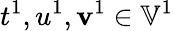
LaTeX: t^{1},u^{1},\mathbf{v}^{1}\in\mathbb{{V}}^{1}